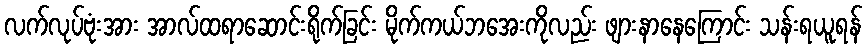
လက်လုပ်ဗုံးအား အာလ်ထရာဆောင်းရိုက်ခြင်း မိုက်ကယ်ဘအေးကိုလည်း ဖျားနာနေကြောင်း သန်းရယူရန်